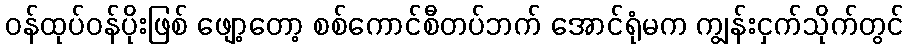
ဝန်ထုပ်ဝန်ပိုးဖြစ် ဖျော့တော့ စစ်ကောင်စီတပ်ဘက် အောင်ရုံမက ကျွန်းငှက်သိုက်တွင်